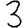
Digit: 3